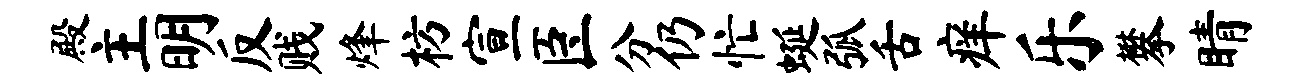
殿主明反贱烽枋宣臣分仍忙蜒弧舌痒乐攀睛